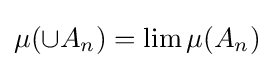
\mu (\cup A_{n})=\lim \mu (A_{n})